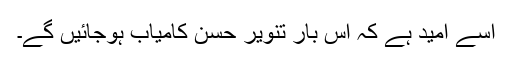
اسے امید ہے کہ اس بار تنویر حسن کامیاب ہوجائیں گے۔